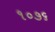
૧૦૭૬